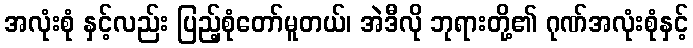
အလုံးစုံ နှင့်လည်း ပြည့်စုံတော်မူတယ်၊ အဲဒီလို ဘုရားတို့၏ ဂုဏ်အလုံးစုံနှင့်